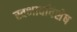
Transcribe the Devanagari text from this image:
स्वभावविशेष